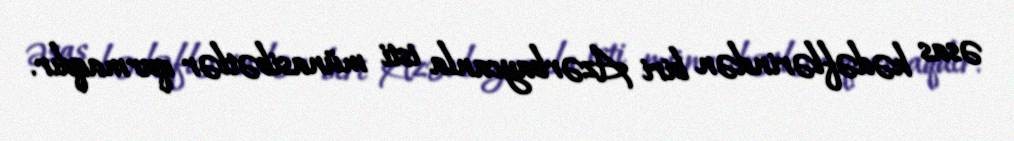
əsas hədəflərindən biri Azərbaycanla isti münasibətlər qurmaqdır.